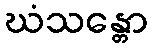
ဃံသန္တော